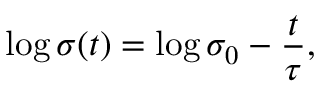
\log { \sigma ( t ) } = \log { \sigma _ { 0 } } - \frac { t } { \tau } ,